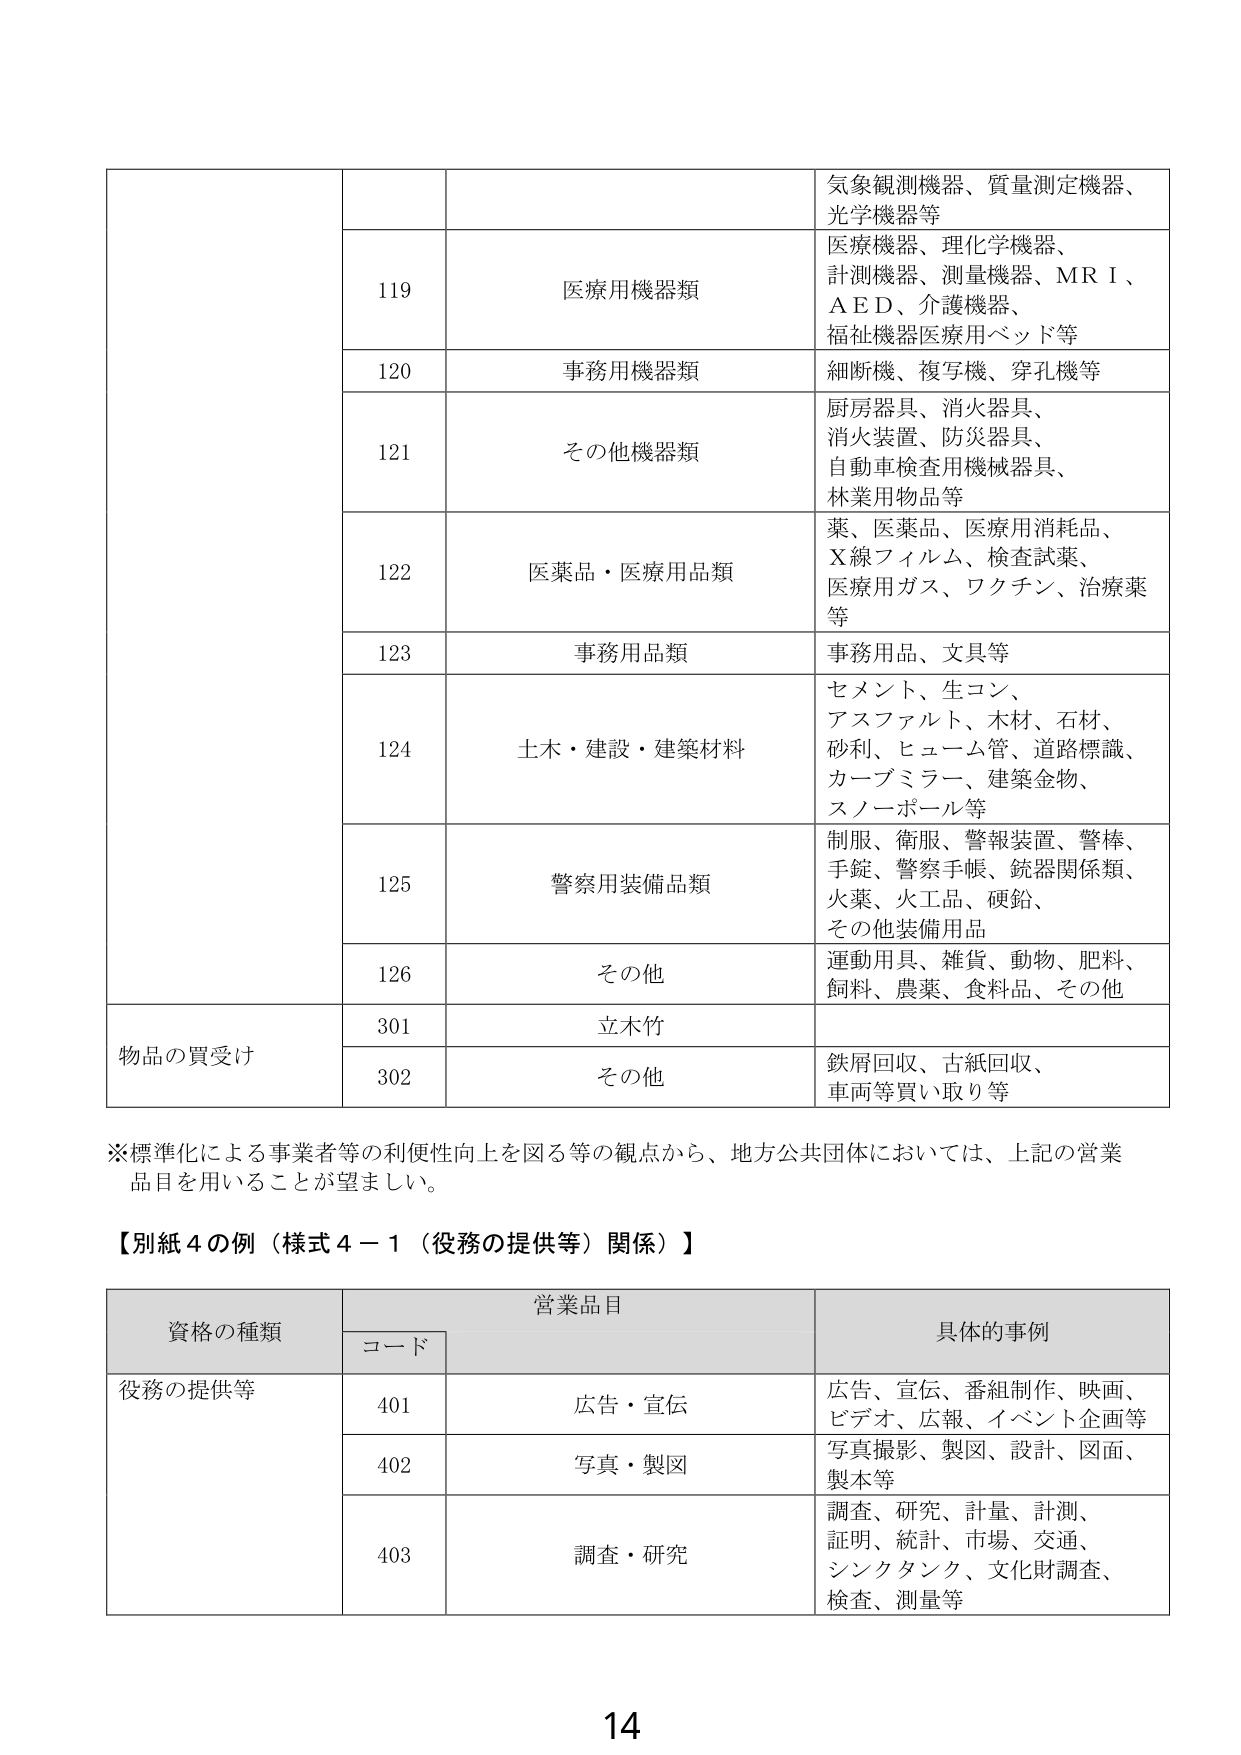
物品の買受け
119 医療用機器類 気象観測機器、質量測定機器、光学機器等
医療機器、理化学機器、計測機器、測量機器、ＭＲＩ、ＡＥＤ、介護機器、福祉機器医療用ベッド等
120 事務用機器類 細断機、複写機、穿孔機等
121 その他機器類 厨房器具、消火器具、消火装置、防災器具、自動車検査用機械器具、林業用物品等
122 医薬品・医療用品類 薬、医薬品、医療用消耗品、Ｘ線フィルム、検査試薬、医療用ガス、ワクチン、治療薬等
123 事務用品類 事務用品、文具等
124 土木・建設・建築材料 セメント、生コン、アスファルト、木材、石材、砂利、ヒューム管、道路標識、カーブミラー、建築金物、スノーポール等
125 警察用装備品類 制服、衛服、警報装置、警棒、手錠、警察手帳、銃器関係類、火薬、火工品、硬鉛、その他装備用品
126 その他 運動用具、雑貨、動物、肥料、飼料、農薬、食料品、その他
301 立木竹
302 その他 鉄屑回収、古紙回収、車両等買い取り等
※標準化による事業者等の利便性向上を図る等の観点から、地方公共団体においては、上記の営業品目を用いることが望ましい。
【別紙４の例（様式４－１（役務の提供等）関係）】
資格の種類 営業品目 具体的事例
コード
役務の提供等 401 広告・宣伝 広告、宣伝、番組制作、映画、ビデオ、広報、イベント企画等
402 写真・製図 写真撮影、製図、設計、図面、製本等
403 調査・研究 調査、研究、計量、計測、証明、統計、市場、交通、シンクタンク、文化財調査、検査、測量等
14